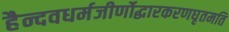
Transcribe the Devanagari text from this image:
हैन्दवधर्मजीर्णोद्धारकरणघृतमति